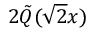
2 { \tilde { Q } } ( { \sqrt { 2 } } x )